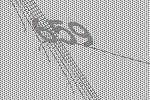
659